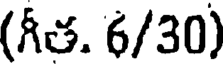
(గీత. 6/30)